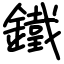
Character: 鐵